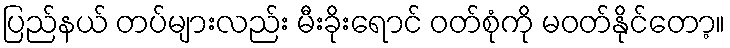
ပြည်နယ် တပ်များလည်း မီးခိုးရောင် ဝတ်စုံကို မဝတ်နိုင်တော့။